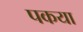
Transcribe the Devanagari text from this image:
पकया